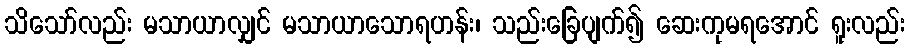
သိသော်လည်း မသာယာလျှင် မသာယာသောရဟန်း၊ သည်းခြေပျက်၍ ဆေးကုမရအောင် ရူးလည်း